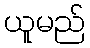
ယူမည်